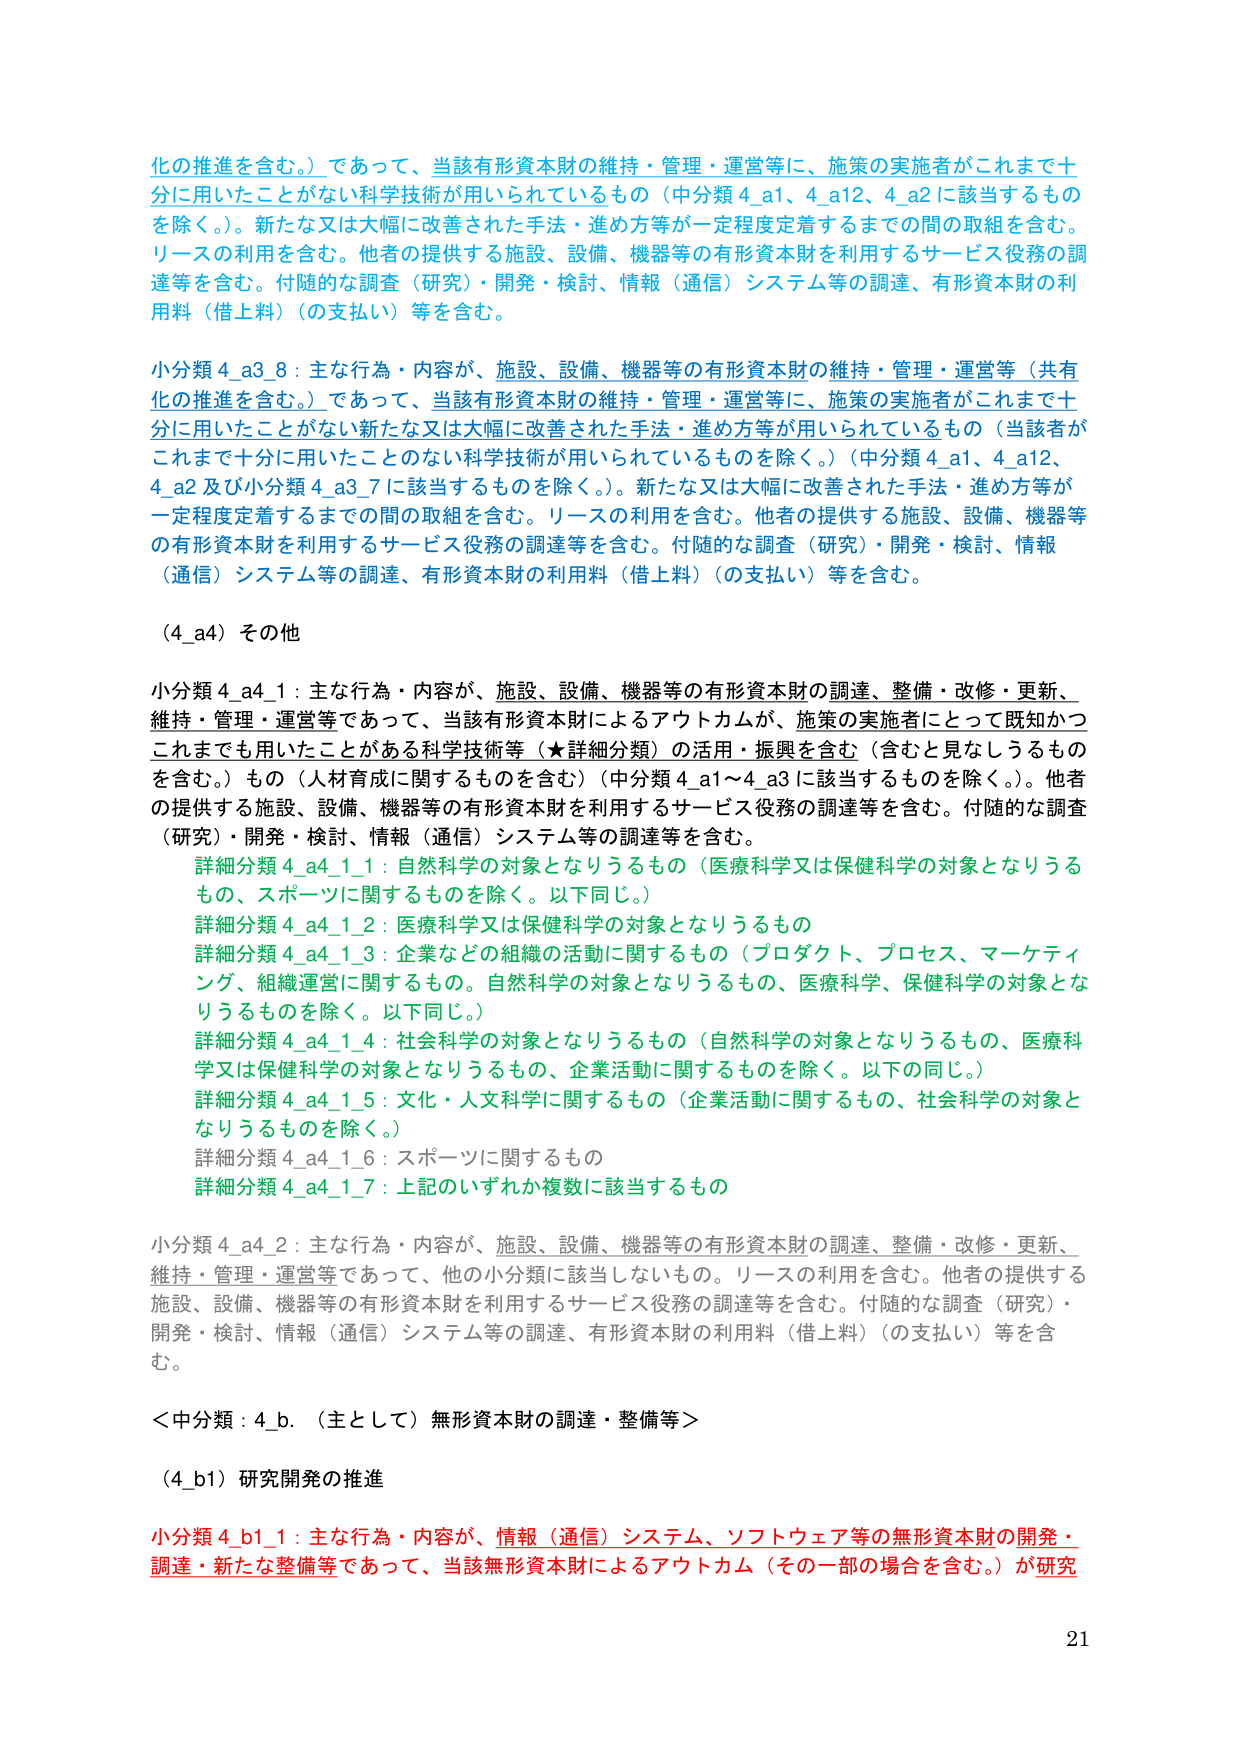
化の推進を含む。）であって、当該有形資本財の維持・管理・運営等に、施策の実施者がこれまで十分に用いたことがない科学技術が用いられているもの（中分類4_a1、4_a12、4_a2に該当するものを除く。）。新たな又は大幅に改善された手法・進め方等が一定程度定着するまでの間の取組を含む。リースの利用を含む。他者の提供する施設、設備、機器等の有形資本財を利用するサービス役務の調達等を含む。付随的な調査（研究）・開発・検討、情報（通信）システム等の調達、有形資本財の利用料（借上料）（の支払い）等を含む。

小分類4_a3_8：主な行為・内容が、施設、設備、機器等の有形資本財の維持・管理・運営等（共有化の推進を含む。）であって、当該有形資本財の維持・管理・運営等に、施策の実施者がこれまで十分に用いたことがない新たな又は大幅に改善された手法・進め方等が用いられているもの（当該者がこれまで十分に用いたことのない科学技術が用いられているものを除く。）（中分類4_a1、4_a12、4_a2及び小分類4_a3_7に該当するものを除く。）。新たな又は大幅に改善された手法・進め方等が一定程度定着するまでの間の取組を含む。リースの利用を含む。他者の提供する施設、設備、機器等の有形資本財を利用するサービス役務の調達等を含む。付随的な調査（研究）・開発・検討、情報（通信）システム等の調達、有形資本財の利用料（借上料）（の支払い）等を含む。

（4_a4）その他

小分類4_a4_1：主な行為・内容が、施設、設備、機器等の有形資本財の調達、整備・改修・更新、維持・管理・運営等であって、当該有形資本財によるアウトカムが、施策の実施者にとって既知かつこれまででも用いたことがある科学技術等（★詳細分類）の活用・振興を含む（含むと見なしうるものを含む。）もの（人材育成に関するものを含む）（中分類4_a1～4_a3に該当するものを除く。）。他者の提供する施設、設備、機器等の有形資本財を利用するサービス役務の調達等を含む。付随的な調査（研究）・開発・検討、情報（通信）システム等の調達等を含む。
　　詳細分類4_a4_1_1：自然科学の対象となりうるもの（医療科学又は保健科学の対象となりうるもの、スポーツに関するものを除く。以下同じ。）
　　詳細分類4_a4_1_2：医療科学又は保健科学の対象となりうるもの
　　詳細分類4_a4_1_3：企業などの組織の活動に関するもの（プロダクト、プロセス、マーケティング、組織運営に関するもの。自然科学の対象となりうるもの、医療科学、保健科学の対象となりうるものを除く。以下同じ。）
　　詳細分類4_a4_1_4：社会科学の対象となりうるもの（自然科学の対象となりうるもの、医療科学又は保健科学の対象となりうるもの、企業活動に関するものを除く。以下の同じ。）
　　詳細分類4_a4_1_5：文化・人文科学に関するもの（企業活動に関するもの、社会科学の対象となりうるものを除く。）
　　詳細分類4_a4_1_6：スポーツに関するもの
　　詳細分類4_a4_1_7：上記のいずれか複数に該当するもの

小分類4_a4_2：主な行為・内容が、施設、設備、機器等の有形資本財の調達、整備・改修・更新、維持・管理・運営等であって、他の小分類に該当しないもの。リースの利用を含む。他者の提供する施設、設備、機器等の有形資本財を利用するサービス役務の調達等を含む。付随的な調査（研究）・開発・検討、情報（通信）システム等の調達、有形資本財の利用料（借上料）（の支払い）等を含む。

＜中分類：4_b．（主として）無形資本財の調達・整備等＞

（4_b1）研究開発の推進

小分類4_b1_1：主な行為・内容が、情報（通信）システム、ソフトウェア等の無形資本財の開発・調達・新たな整備等であって、当該無形資本財によるアウトカム（その一部の場合を含む。）が研究

21